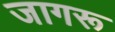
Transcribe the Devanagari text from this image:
जागरू